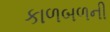
કાળબળની